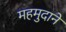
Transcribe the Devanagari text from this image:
महमुदाने